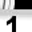
Digit: 1